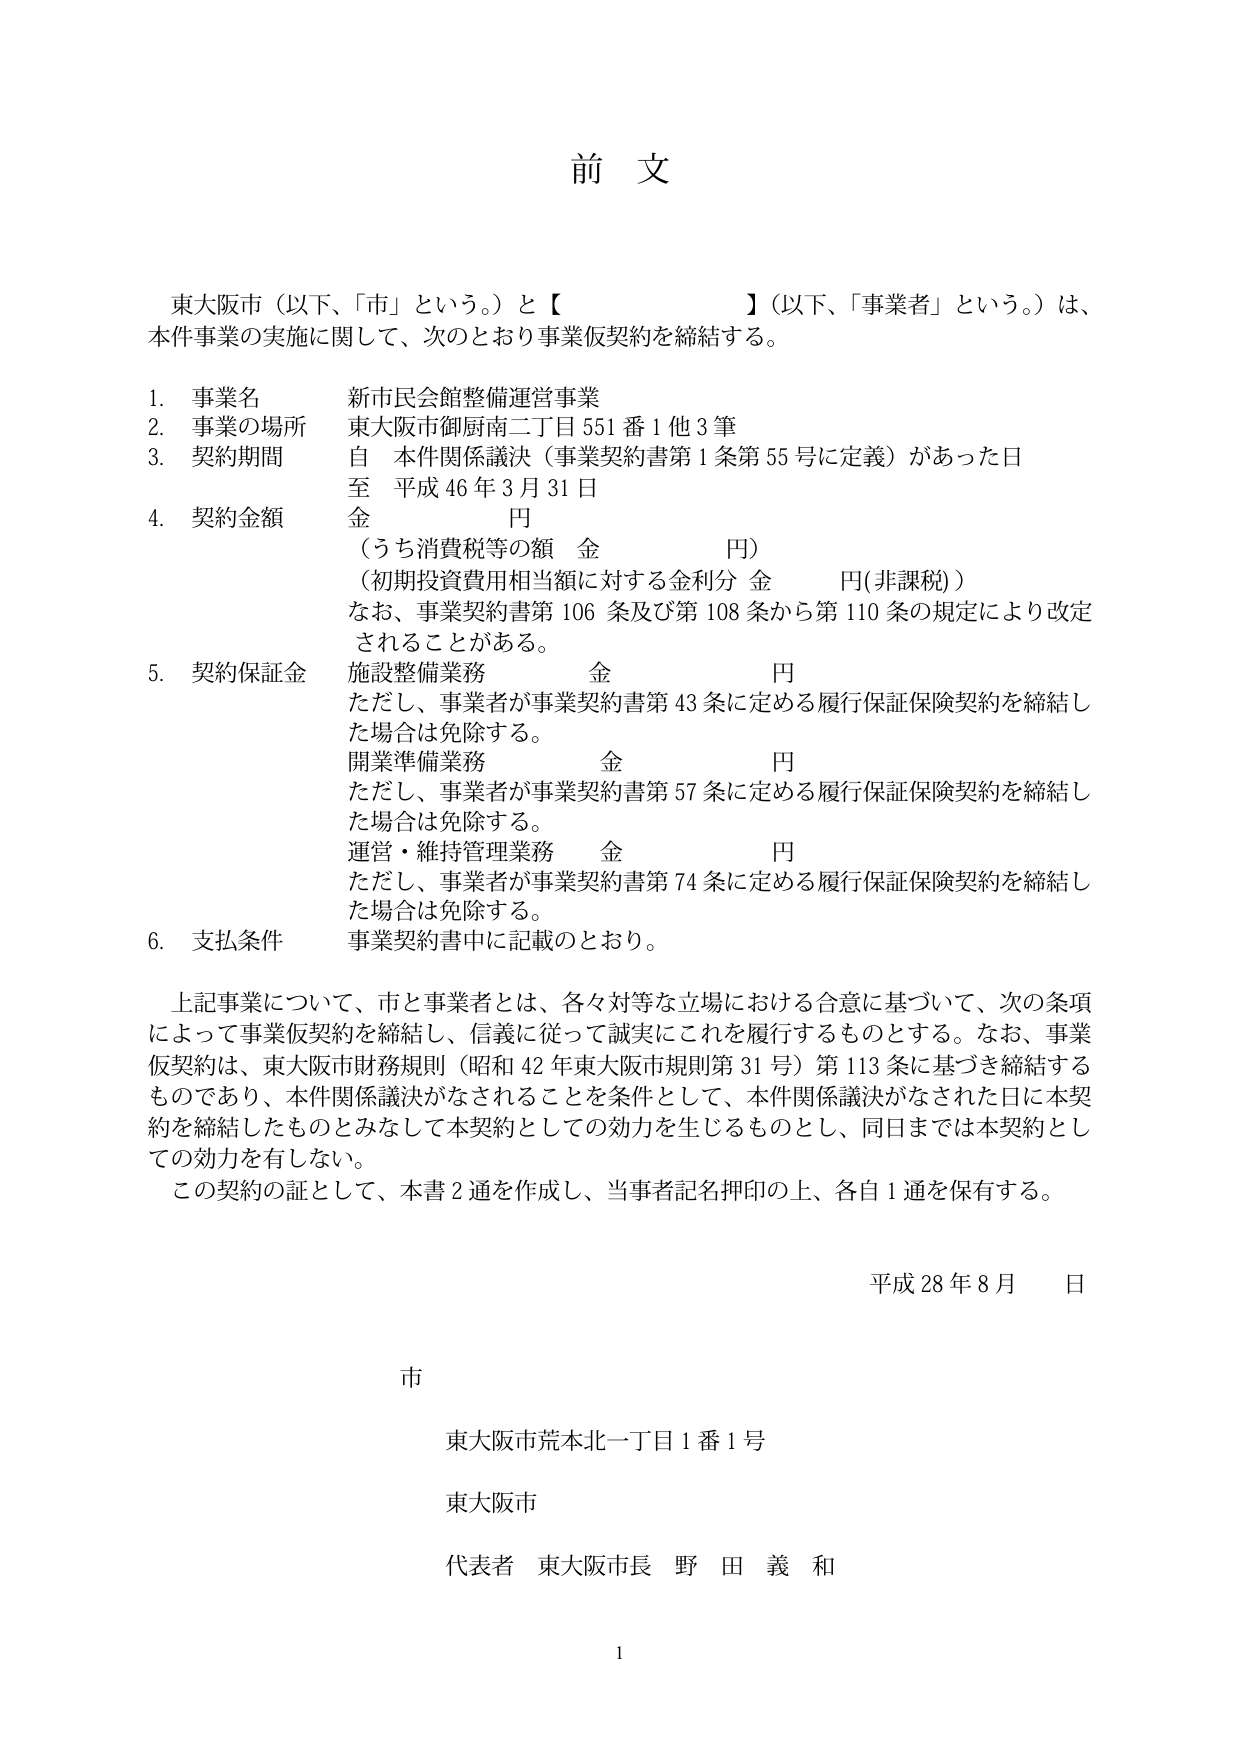
前 文

東大阪市（以下、「市」という。）と【　　　　　　　　】（以下、「事業者」という。）は、
本件事業の実施に関して、次のとおり事業仮契約を締結する。

1. 事業名　　　新市民会館整備運営事業
2. 事業の場所　東大阪市御厨南二丁目551番1他3筆
3. 契約期間　　自　本件関係議決（事業契約書第1条第55号に定義）があった日
　　　　　　　　至　平成46年3月31日
4. 契約金額　　金　　　　　円
　　　　　　　　（うち消費税等の額　金　　　　円）
　　　　　　　　（初期投資費用相当額に対する金利分　金　　　　円(非課税)）
　　　　　　　　なお、事業契約書第106条及び第108条から第110条の規定により改定
　　　　　　　　されることがある。
5. 契約保証金　施設整備業務　　　　金　　　　円
　　　　　　　　ただし、事業者が事業契約書第43条に定める履行保証保険契約を締結し
　　　　　　　　た場合は免除する。
　　　　　　　　開業準備業務　　　　金　　　　円
　　　　　　　　ただし、事業者が事業契約書第57条に定める履行保証保険契約を締結し
　　　　　　　　た場合は免除する。
　　　　　　　　運営・維持管理業務　　金　　　　円
　　　　　　　　ただし、事業者が事業契約書第74条に定める履行保証保険契約を締結し
　　　　　　　　た場合は免除する。
6. 支払条件　　事業契約書中に記載のとおり。

上記事業について、市と事業者とは、各々対等な立場における合意に基づいて、次の条項
によって事業仮契約を締結し、信義に従って誠実にこれを履行するものとする。なお、事業
仮契約は、東大阪市財務規則（昭和42年東大阪市規則第31号）第113条に基づき締結する
ものであり、本件関係議決がなされることを条件として、本件関係議決がなされた日に本契
約を締結したものとみなして本契約としての効力を生じるものとし、同日までは本契約とし
ての効力を有しない。
この契約の証として、本書2通を作成し、当事者記名押印の上、各自1通を保有する。

平成28年8月　　日

市

東大阪市荒本北一丁目1番1号

東大阪市

代表者　東大阪市長　野田義和

1